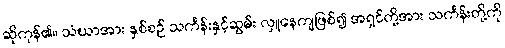
ဆိုကုန်၏။ သံဃာအား နှစ်စဉ် သင်္ကန်းနှင့်ဆွမ်း လှူနေကျဖြစ်၍ အရှင်တို့အား သင်္ကန်းတို့ကို